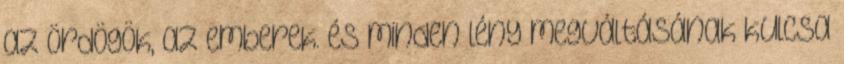
az ördögök, az emberek. és minden lény megváltásának kulcsa